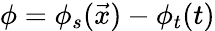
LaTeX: \phi=\phi_{s}(\vec{x})-\phi_{t}(t)